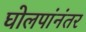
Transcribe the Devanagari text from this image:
घोलपांनंतर